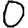
Digit: 0